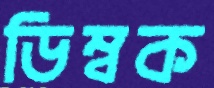
ডিম্বক